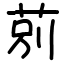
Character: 莂